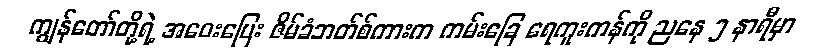
ကျွန်တော်တို့ရဲ့ အဝေးပြေး ဇိမ်ခံဘတ်စ်ကားက ကမ်းခြေ ရေကူးကန်ကို ညနေ ၅ နာရီမှာ